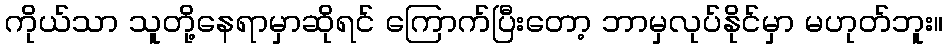
ကိုယ်သာ သူတို့နေရာမှာဆိုရင် ကြောက်ပြီးတော့ ဘာမှလုပ်နိုင်မှာ မဟုတ်ဘူး။